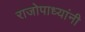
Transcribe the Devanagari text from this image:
राजोपाध्यांनी